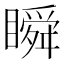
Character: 瞬